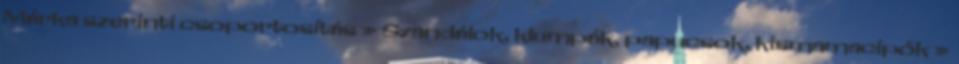
Márka szerinti csoportosítás » Szandálok, klumpák, papucsok, kismamacipők »